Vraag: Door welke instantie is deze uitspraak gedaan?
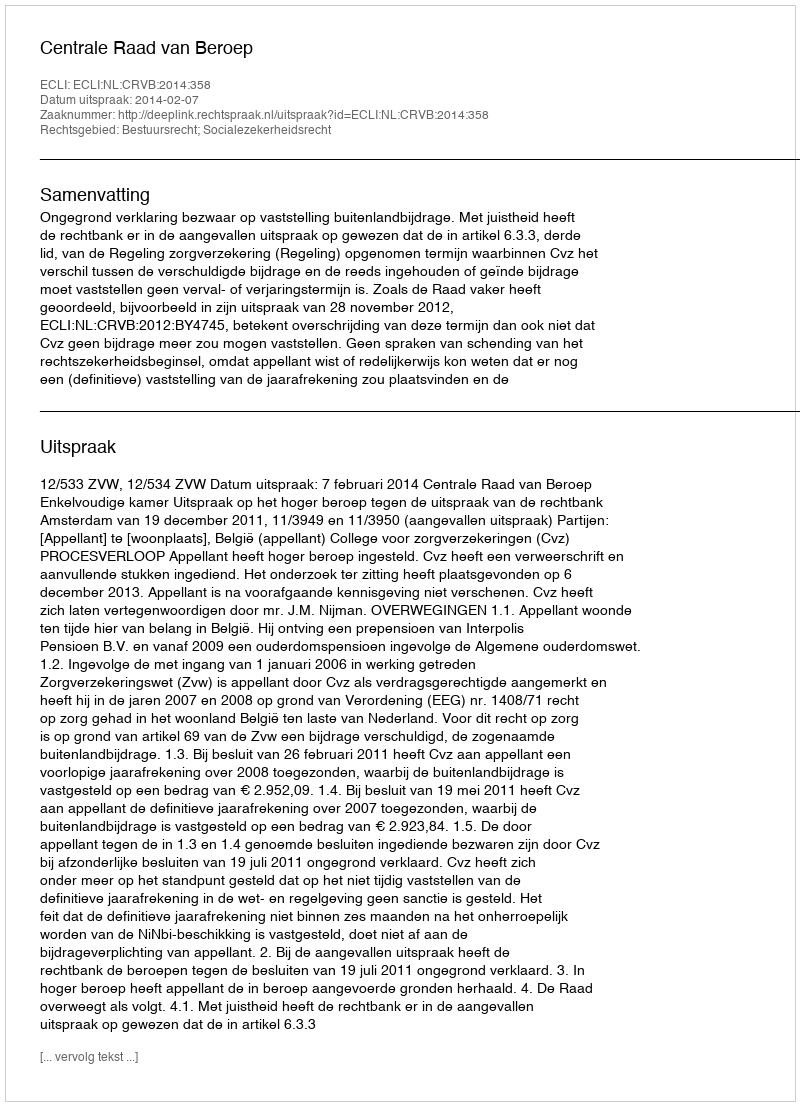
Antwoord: Centrale Raad van Beroep